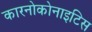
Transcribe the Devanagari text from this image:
कारनोकोनाइटिस